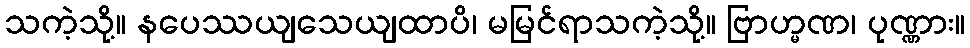
သကဲ့သို့။ နပေဿယျသေယျထာပိ၊ မမြင်ရာသကဲ့သို့။ ဗြာဟ္မဏ၊ ပုဏ္ဏား။